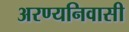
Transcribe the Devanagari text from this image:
अरण्यनिवासी